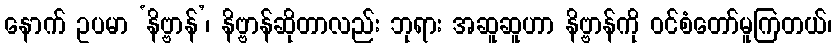
နောက် ဥပမာ ‘နိဗ္ဗာန်’၊ နိဗ္ဗာန်ဆိုတာလည်း ဘုရား အဆူဆူဟာ နိဗ္ဗာန်ကို ဝင်စံတော်မူကြတယ်၊